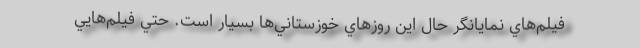
فيلم‌هاي نمايانگر حال اين روزهاي خوزستاني‌ها بسيار است. حتي فيلم‌هايي